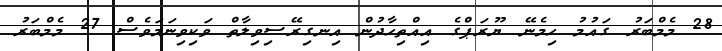
28 މެމްބަރު ގައުމު ހިމެނޭ ޔޫރަޕްގެ އިއްތިހާދުން އިނގިރޭސިވިލާތް ވަކިވިނަމަވެސް 27 މެމްބަރު